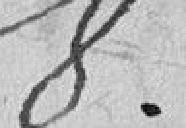
8e